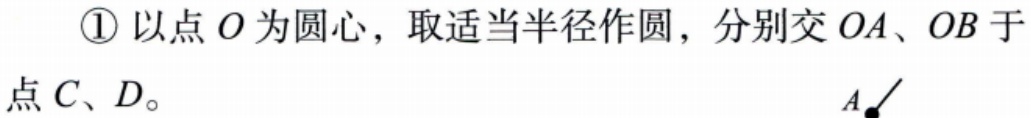
\textcircled{1} 以点 \(O\) 为圆心，取适当半径作圆，分别交 \(OA\)、\(OB\) 于点 \(C\)、\(D\)。